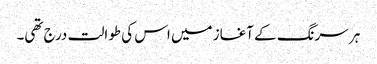
ہر سرنگ کے آغاز میں اس کی طوالت درج تھی۔